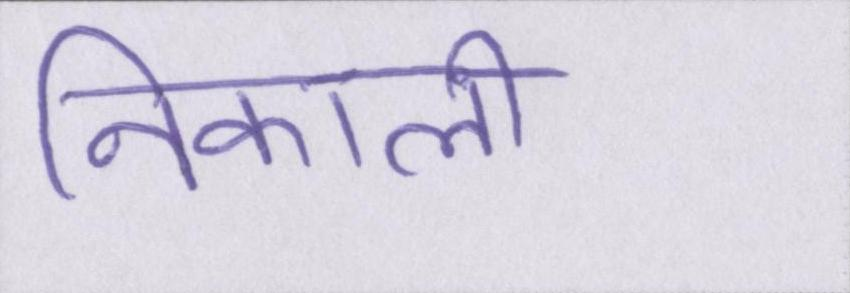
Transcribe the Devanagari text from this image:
निकाली